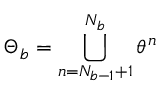
\Theta _ { b } = \bigcup _ { n = N _ { b - 1 } + 1 } ^ { N _ { b } } \theta ^ { n }